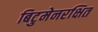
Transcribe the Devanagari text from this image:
बिटुमेनरक्षित